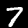
Digit: 7